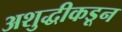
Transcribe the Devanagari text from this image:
अशुद्धीकडून